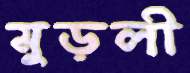
মুড়লী